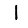
Digit: 1